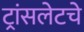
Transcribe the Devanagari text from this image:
ट्रांसलेटचे